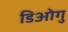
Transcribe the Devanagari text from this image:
डिओगु